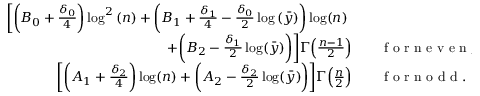
\begin{array} { r l } { \bigg [ \bigg ( B _ { 0 } + \frac { \delta _ { 0 } } { 4 } \bigg ) \log ^ { 2 } { ( n ) } + \bigg ( B _ { 1 } + \frac { \delta _ { 1 } } { 4 } - \frac { \delta _ { 0 } } { 2 } \log { ( \bar { y } ) } \bigg ) \log ( n ) \quad ~ } & { { } } \\ { + \bigg ( B _ { 2 } - \frac { \delta _ { 1 } } { 2 } \log ( \bar { y } ) \bigg ) \bigg ] \Gamma \Big ( \frac { n - 1 } { 2 } \Big ) \quad } & { { } \mathrm { ~ f ~ o ~ r ~ n ~ e ~ v ~ e ~ n ~ } , } \\ { \bigg [ \bigg ( A _ { 1 } + \frac { \delta _ { 2 } } { 4 } \bigg ) \log ( n ) + \bigg ( A _ { 2 } - \frac { \delta _ { 2 } } { 2 } \log ( \bar { y } ) \bigg ) \bigg ] \Gamma \Big ( \frac { n } { 2 } \Big ) \quad } & { { } \mathrm { ~ f ~ o ~ r ~ n ~ o ~ d ~ d ~ } . } \end{array}